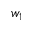
w _ { 1 }